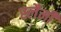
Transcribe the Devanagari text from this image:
स्लैमी